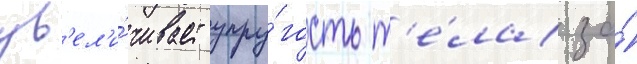
ув'ел'и́чивает упру́гость т'е́ла за́